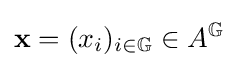
\mathbf {x} =(x_{i})_{i\in \mathbb {G} }\in A^{\mathbb {G} }